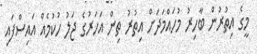
މީގެ އިތުރުން ބާހިރު މުހައްމަދަށް އިތުރު ތިން އަހަރުގެ ޖަލު ހުކުމެއް އައިސްފައި